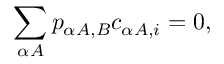
\sum _ { \alpha A } p _ { \alpha A , B } c _ { \alpha A , i } = 0 ,